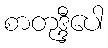
စာတုဒ္ဒီပေါ